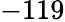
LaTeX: -119